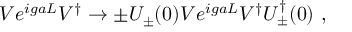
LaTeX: V e ^ { i g a L } V ^ { \dagger } \to \pm U _ { \pm } ( 0 ) V e ^ { i g a L } V ^ { \dagger } U _ { \pm } ^ { \dagger } ( 0 ) \ ,